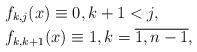
LaTeX: \begin{align*}& f_{k, j}(x) \equiv 0, k + 1 < j, \\& f_{k, k + 1}(x) \equiv 1, k = \overline{1, n-1}, \end{align*}